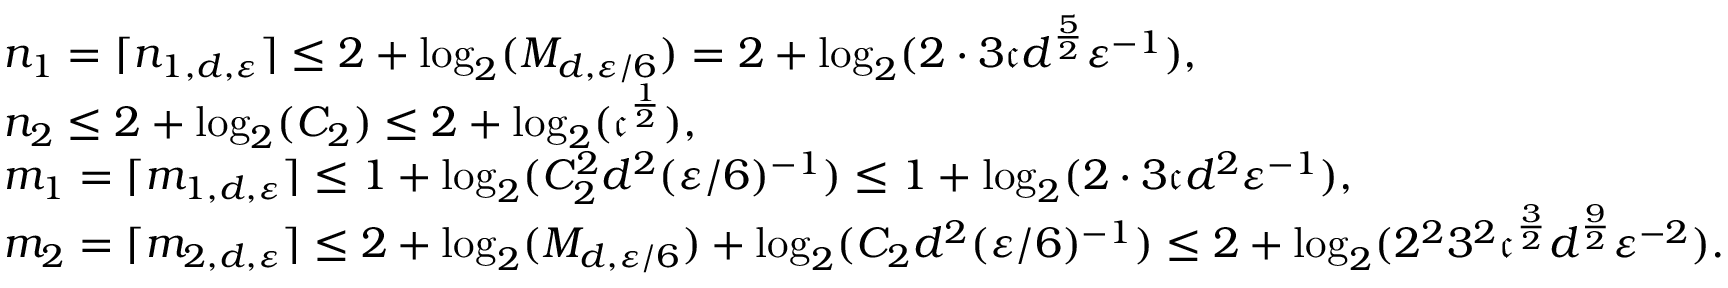
\begin{array} { r l } & { n _ { 1 } = \lceil n _ { 1 , d , { \varepsilon } } \rceil \leq 2 + \log _ { 2 } ( M _ { d , { \varepsilon } / 6 } ) = 2 + \log _ { 2 } ( 2 \cdot 3 \mathfrak { c } d ^ { \frac { 5 } { 2 } } { \varepsilon } ^ { - 1 } ) , } \\ & { n _ { 2 } \leq 2 + \log _ { 2 } ( C _ { 2 } ) \leq 2 + \log _ { 2 } ( \mathfrak { c } ^ { \frac { 1 } { 2 } } ) , } \\ & { m _ { 1 } = \lceil m _ { 1 , d , { \varepsilon } } \rceil \leq 1 + \log _ { 2 } ( C _ { 2 } ^ { 2 } d ^ { 2 } ( { \varepsilon } / 6 ) ^ { - 1 } ) \leq 1 + \log _ { 2 } ( 2 \cdot 3 \mathfrak { c } d ^ { 2 } { \varepsilon } ^ { - 1 } ) , } \\ & { m _ { 2 } = \lceil m _ { 2 , d , { \varepsilon } } \rceil \leq 2 + \log _ { 2 } ( M _ { d , { \varepsilon } / 6 } ) + \log _ { 2 } ( C _ { 2 } d ^ { 2 } ( { \varepsilon } / 6 ) ^ { - 1 } ) \leq 2 + \log _ { 2 } ( 2 ^ { 2 } 3 ^ { 2 } \mathfrak { c } ^ { \frac { 3 } { 2 } } d ^ { \frac { 9 } { 2 } } { \varepsilon } ^ { - 2 } ) . } \end{array}